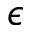
\epsilon